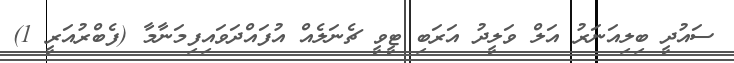
ސައުދީ ބިލިއަނަރު އަލް ވަލީދު އަރަބި ޓީވީ ޗެނަލެއް އުފައްދަވައިފިމަނާމާ (ފެބްރުއަރީ 1)